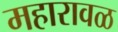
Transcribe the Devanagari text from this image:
महारावळ